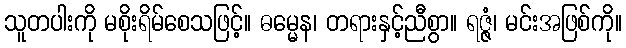
သူတပါးကို မစိုးရိမ်စေသဖြင့်။ ဓမ္မေန၊ တရားနှင့်ညီစွာ။ ရဇ္ဇံ၊ မင်းအဖြစ်ကို။